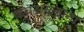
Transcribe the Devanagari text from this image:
कवटाळताना